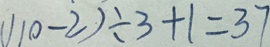
( 1 1 0 - 2 ) \div 3 + 1 = 3 7